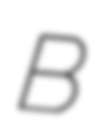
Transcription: B